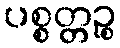
ပစ္စတ္တဉ္စ